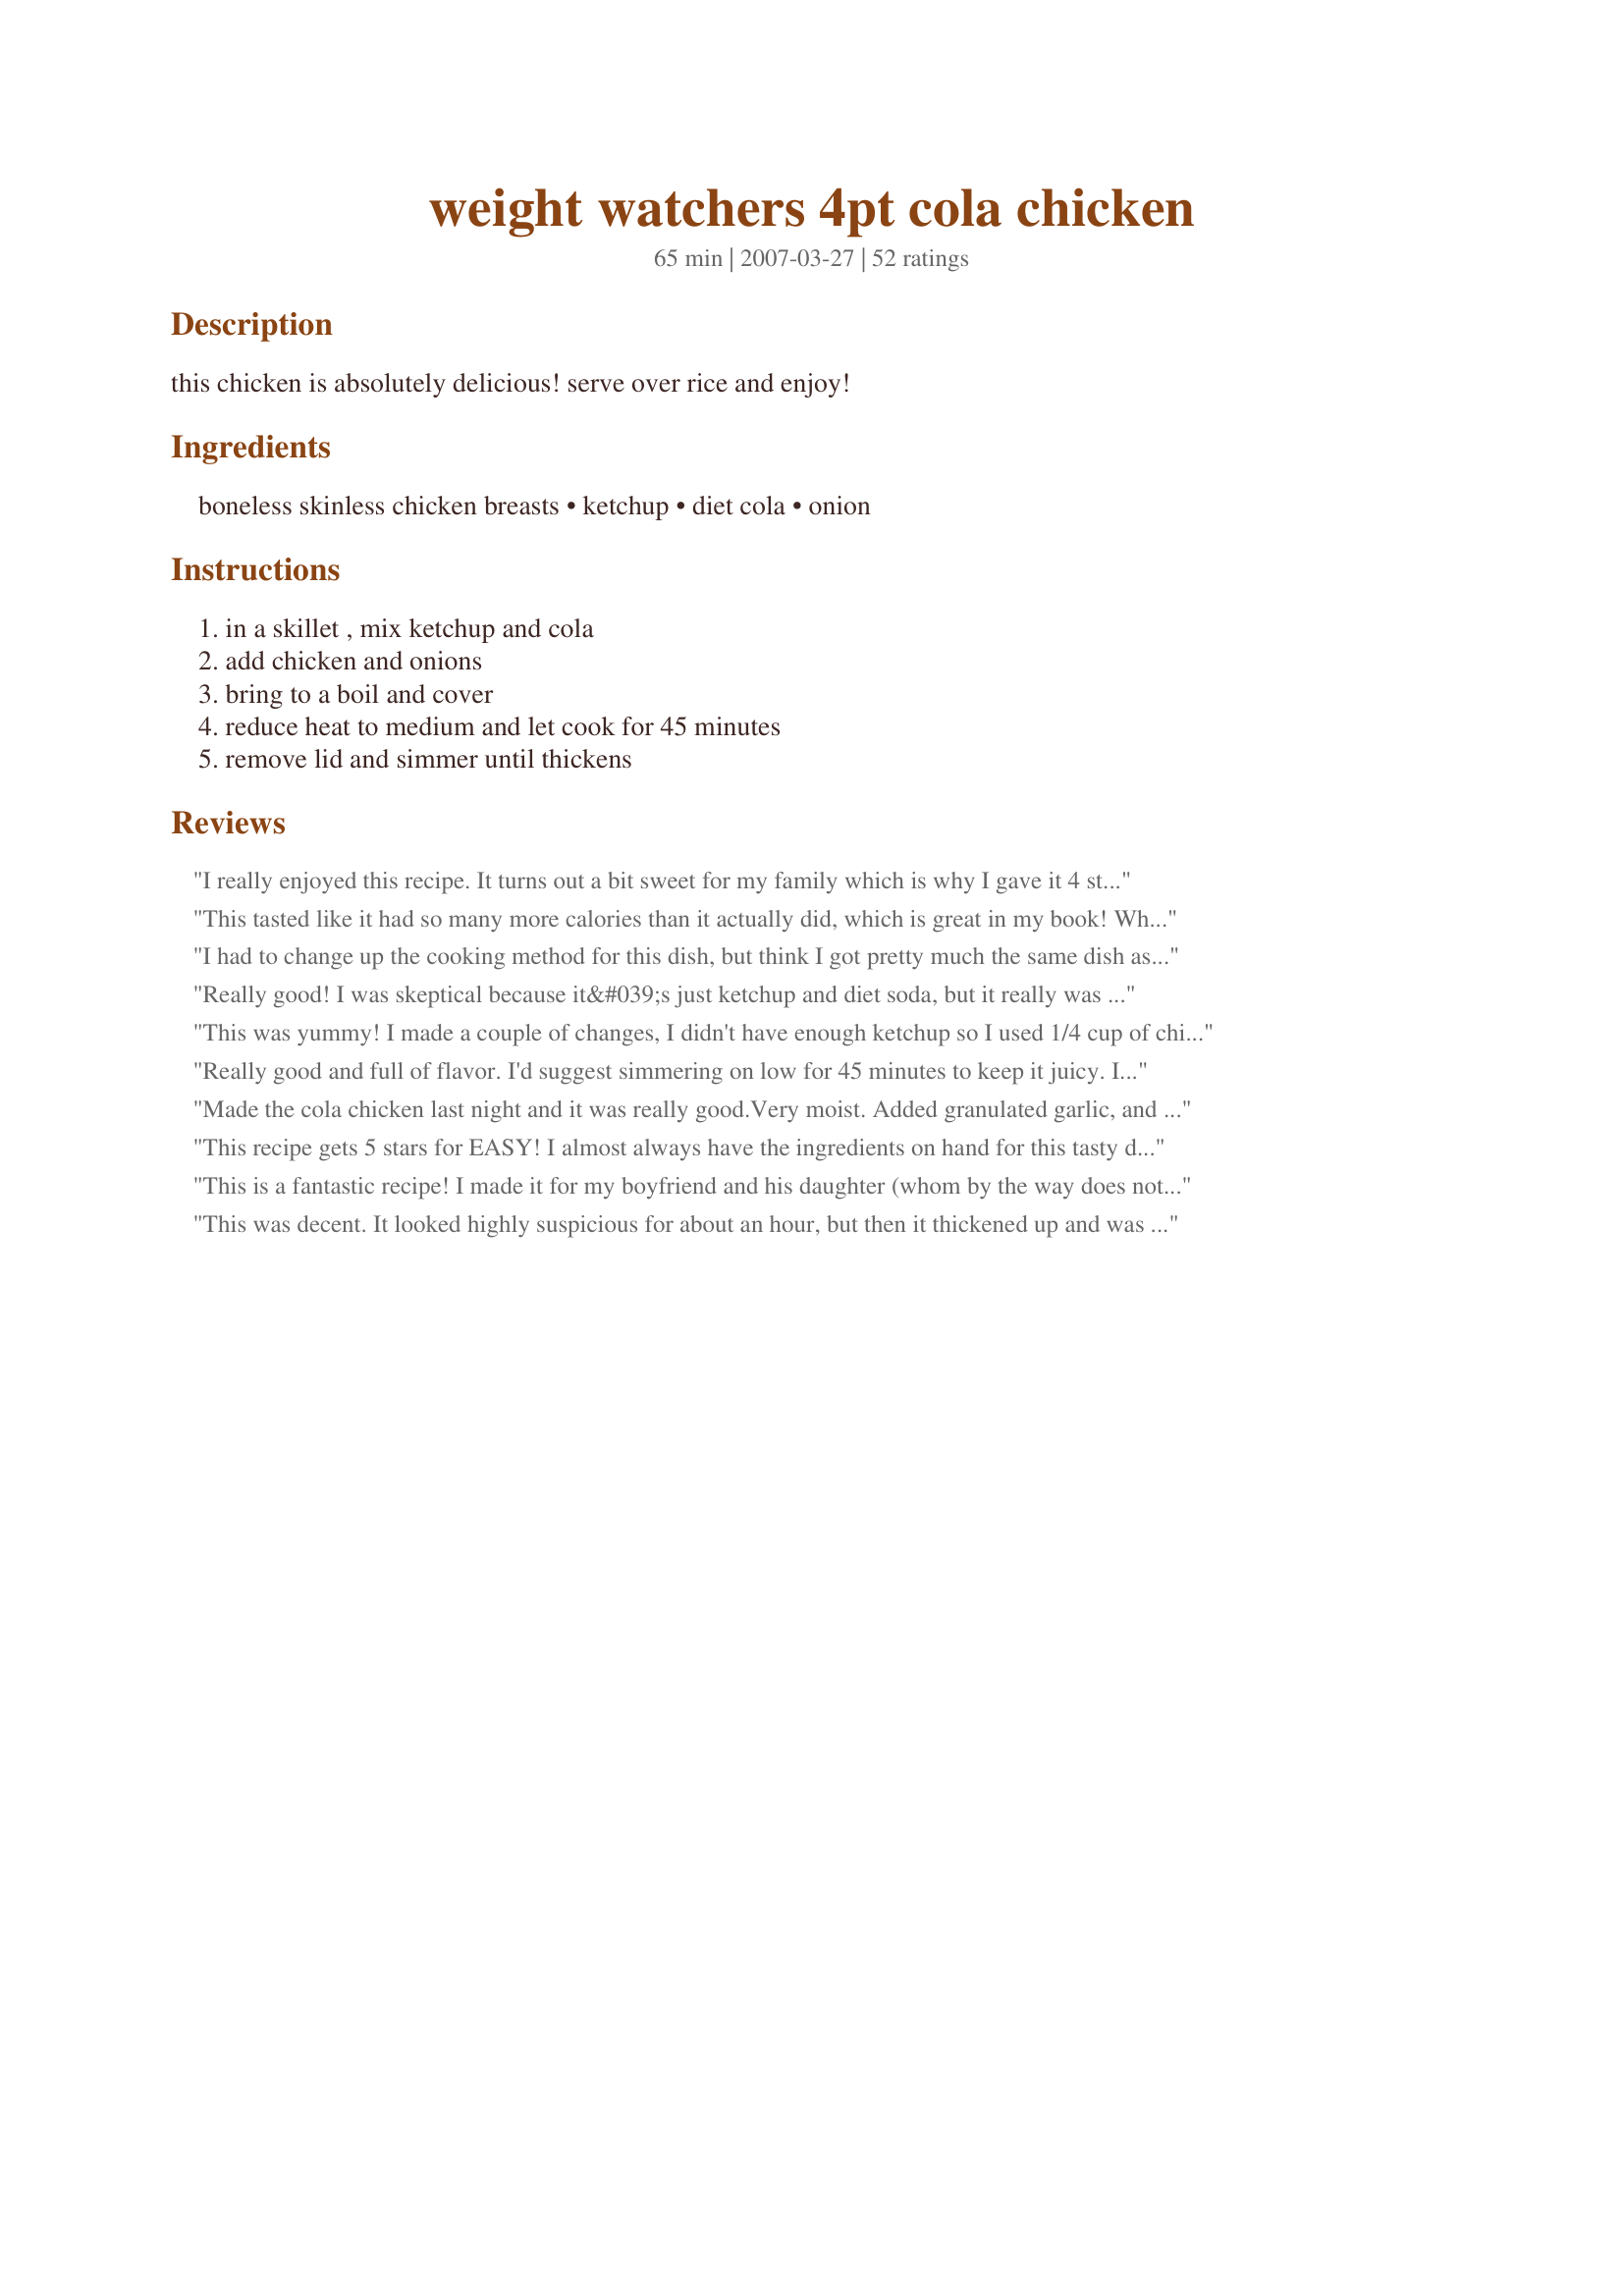
weight watchers 4pt cola chicken
Preparation time: 65 minutes

this chicken is absolutely delicious! serve over rice and enjoy!

Ingredients:
boneless skinless chicken breasts, ketchup, diet cola, onion

Steps:
in a skillet , mix ketchup and cola, add chicken and onions, bring to a boil and cover, reduce heat to medium and let cook for 45 minutes, remove lid and simmer until thickens

Reviews:
I really enjoyed this recipe. It turns out a bit sweet for my family which is why I gave it 4 stars instead of 5, but I would definitely make it again since my very picky 6 yr old gobbled it up! We served it with brown rice and green beans just like in the picture too. I might try and play with it a bit to reduce the sweetness a little just to appeal to my DH and older son more. Super easy and fast for a tasty weeknight dinner. A great recipe! Thanks for sharing!
This tasted like it had so many more calories than it actually did, which is great in my book! When I read the ingredients I was like &quot;cola?!&quot; but it totally works, it adds a lovely sweetness and I loved how few ingredients there were.
I had to change up the cooking method for this dish, but think I got pretty much the same dish as a result...I put the chicken into the slowcooker in the AM and cooked on low for 8 hours. When I got home, I simmered the ketchup and cola in a saucepan until reduced and thickened and added to the shredded chicken for the last 30 minutes of cooking. Served over white rice with lots of sauce...very tangy sauce that woke up our tastebuds. Thanks for posting!
Really good! I was skeptical because it&#039;s just ketchup and diet soda, but it really was tasty and BBQ-esk! I added some garlic and parsley seasoning and used Diet Coke with Lime. I liked it. Quite filling.
This was yummy! I made a couple of changes, I didn't have enough ketchup so I used 1/4 cup of chili sauce to make it 1 cup. Next time I am going to try using tom. sauce to cut the sweet taste just a bit. I added minced garlic & a sprinkle of cayenne pepper. Served over brown rice with steamed carrots, it was a great low fat meal! Thanks for sharing!!
Really good and full of flavor. I'd suggest simmering on low for 45 minutes to keep it juicy. I cut up the leftovers the next day and put some on a salad. So good! Thanks!
Made the cola chicken last night and it was really good.Very moist. Added granulated garlic, and black pepper also. Served it over rice and had corn on the cob. It&#039;s a keeper.
This recipe gets 5 stars for EASY! I almost always have the ingredients on hand for this tasty dish. I served it with brown rice and mixed veggies. Made for Spring PAC 08.
This is a fantastic recipe! I made it for my boyfriend and his daughter (whom by the way does not eat a lot of meat) and she had two helpings!!! This is surely going in my recipe box! Thanks!
This was decent. It looked highly suspicious for about an hour, but then it thickened up and was quite tasty.
This is awesome stuff - takes awhile to thicken but be patient -- it is so worth the wait! I have served this on WW hamburger buns as well as over rice. My family loves this!
I have made this many times. Even took some into work and those not even watching their food intake loved it.

I have also put it over spaghetti squash for just something added.

YUMMO
What a great, easy dish! We had this for dinner tonight with salad and baked potato. It was easy and full of flavor! Thank you so much!!
Yummy! My dh and 2 ds loved it. My dd wouldn't try it but she thinks she is a vegetarian.
A very delicious and easy recipe with only a few ingredients! I prepared this recipe using the chopped onion. I also added chopped green peppers. I noted that many who reviewed this recipe said they had to thicken the sauce, but mine thickened with the additional cooking time and the lid off. I will prepare this recipe again, but to suit my taste, I will add a sprinkling of salt, pepper, and garlic powder. I served the chicken on brown rice and oven-roasted asparagus. In the future, I may also try this recipe with pork chops!
I made this with classic coke and it came out great. My host family was so surprised that there was cola in the sauce!
Yum!
everyone gave me weird looks when I was making it, but they all scarfed it down once they had it
This was quite good - note: MAKE SURE to read labels, and find cola and ketchup that do not have High Fructose Corn Syrup in them. The taste is better, and you are doing yourself much less harm !!
This was super easy and very good!
I am only rating this 4 stars because both my Mother and my 4 year old daughter said it smelled gross while it was cooking. The end result however was delicious and I'm so glad I made it. My mother enjoyed it as well as my daughter who when first trying it told me it was yucky but ended up eating most of her portion. I served this with a rice and veggie side dish and I will definitely be making this again.
This is a very simple and delicious chicken dish. HOWEVER, be warned that any diet soda that contains Aspertame is harmful when heated. PLEASE do your homework &amp; choose a soda without Aspertame. You can also use Dr. Pepper in this recipe, &amp; if you have a preference for regular cola, that can be used as well with success; just not as low cal.
Family loved it. This was super easy and so glad it was low on calories.
i tried this recipe years ago, and loved it!!! will def. be making this again!
Delicious, moist, flavorful chicken! I didn't time it, but this seemed to take less than 45 mins to cook through. Enjoyed by all!
I've made this recipe so many times this time I made it in the oven using boneless skinless chicken thighs and low sugar ketchup and Diet Coke it turned out really good and flavorful
We loved this! My dh never knew what the ingredients were! He is a little picky and probaly would not have tried it if he had known there was diet coke in it! Very easy, very good!
This has become a standard at our house! Very moist and tastes like some down-home cooking. I like to add a couple dashes of freshly ground pepper and garlic powder, just to give it a little extra flavor. My family now refers to it as "Curryless curry" and it goes awesomely over rice.
This is a simple and wonderful recipe! the only thing I added was garlic. The family loved it
This was really good! Mine cooked a lot faster than 45 min though which gave me a super thick sauce. Next time I will double the sauce so I can have some for my rice. I did add liquid smoke and garlic which just boosted the flavor.
I gave this recipe 3 stars simply because it is very easy to cook and fairly satisfying. While the chicken was very moist, it lacked flavor. I'm hope the flavor issue can be resolved with some experimentation.
The whole family loves this recipe! I add a couple drops of liquid smoke to give it more of a barbecue flavor. Works great for those nights when you have no idea what to fix!!
I was a little leary about this one, as was my hubby. I made it when he wasn't home so he wouldn't turn his nose up at it. When he came home he and my 12 year old son scarfed it down! They loved it. This is a great, easy, yummy recipe!
A new family favorite!! My whole family loves ketchup, so this was a nice addition to the recipe book. I added a little extra ketchup to the mix (about 1/4 cup) to help it thicken. Definitely 5 stars!
Where has this recipe been all my life? So easy and delicious! Thanks for posting! I will make this over and over again. Even my bf ate it.
Tried this recipe for the first time last week and the chicken came out great! The sauce for some reason came out really thin. I used 1 can of soda and 1 cup of ketchup per the directions. I may cut back on the soda next time and see if I can thicken it up a bit. Like others have said I threw in a few dashes of garlic powder for flavor. Instead of rice I served this over &quot;no yolk&quot; egg noodles. Will definitely be making this again.
My spouse and I are trying WW friendly meals and I stumbled on this recipe. As with other reviews, the first impression is &quot;Really?&quot; The answer is &quot;Yes. Really!&quot; While this was cooking, the DH said &quot;do I smell BBQ?&quot; I don&#039;t think he even knew it was WW friendly. Thanks for sharing this recipe. we&#039;ll make again.
This is soooo good and easy! I dice the chicken and use the onions. My husband and I prefer it over brown rice, while my boys like it on a bun. Thanks for sharing!
Good and easy to make. A nice addition to our attempts at eating lighter and healthier. My husband--who refuses to eat/drink anything with Splenda--could not taste it using the diet soda (we used Diet Coke). The chicken was extremely moist. Served with rice and veggies. Will definitely make again. Thanks for sharing!
Love this recipe, I couldn't believe how rich the flavour was with such few ingredients. First came across it at a training function for work and fell for it straight away. I will definitely be trying some of other peoples tweaks. Instead of garlic or herbs, I added five spice powder for a little pep!
Yummy, so easy and low in points for weight watchers; what good be better. I fixed this exactly by recipe (can't get easier than that) except I cut it in half as I'm the only one here to eat it. It was nice and moist with a fresh, tangy flavor. As I don't like ketchup I was a little nervous but it was great. Didn't have onions on hand so used onion powder and it worked out fine. Served with brown rice and steamed broccolli, and for desert recipe #239487 - great dinner.
This was tasty, I love easy stuff like this- thanks for sharing!
Diet Cola Chicken has been around forever but the addition of the onions adds a extra dimension which, for me anyway, improved on the original. The onions reduce and melt into the sauce but also give a savory contrast to the sweet sauce and given me other ideas on additions to create variations. Had the breasts for dinner with spaghetti squash and green beans and I shredded the leftovers to reheat and serve over polenta tomorrow. Thanks! Made for Pick a Chef - Spring 2008.
This was a little strange to be mixing cola and ketchup, but I made it as directed, with the addition of adding garlic. Overall a quick meal, but nothing special. Probably won't make it again, but who knows. It just wasn't for us, sorry.
This was REALLY good! My family really, really liked it! I used Coke Zero, but I added a little bit more ketchup and coke because I thought there would not be enough sauce. I also added some garlic and herb seasoning as well as Tony's Creole Seasoning to the chicken and the gravy. After 40 minutes, I added a slurry of cornstarch and water to thicken up the sauce. DD and DH had two servings over rice. Thanks for a KEEPER!!!
I didn't think the flavors of this were very significant, so I ended up adding some onion soup mix, some barbecue sauce, and cornstarch at the end for thickening. The cola did do a nice job of tenderizing the chicken - it was very soft and moist.
I had this at a party, it was made with legs and thighs, it was delicious! I made this recipe this evening, minus onions because I didn't have them on hand. The family really enjoyed it. I served it with rice and poured the extra sauce on the rice, huge hit!!!!
The sauce didn&#039;t seem to give the chicken a lot of flavor but it was VERY moist and tender. I only cooked it for about 30 mins. once it boiled and that was plenty. I&#039;ll make this again.
I love this.
I wasn't sure what this was going to taste like since it smelled like meatloaf (probably the ketchup and onions), but the taste was wonderful! It only took about 30 minutes to cook. Served with brown rice and steamed broccoli. Will definitely be making again!
This is very good chicken, not to mention very easy to make. 
Added a bit of garlic powder and used boned thighs as we don't care for breast meat. Next time (and there will definitely be a next time) I will double the sauce so we'll have plenty to soak into the rice. Thanks for sharing such a great recipe.
I made this chicken for dinner and everyone loved it! I added some liqued smoke and a little garlic pepper. It was so tender and moist! We had it with brown rice and the sauce was great on the rice. A couple days later I shredded the leftover meat up, and ate it open-faced on wheat bread. Will make this recipe again for sure.
DH and I enjoyed this meal. A very tasty BBQ flavor. It is very is to follow and prepare this recipe. I served it with brown rice. Thank you for sharing!
